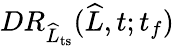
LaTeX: DR_{\widehat{L}_{\mathrm{ts}}}(\widehat{L},t;t_{f})